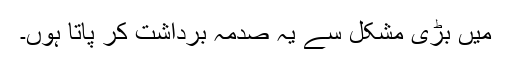
میں بڑی مشکل سے یہ صدمہ برداشت کر پاتا ہوں۔